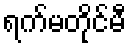
ရက်မတိုင်မီ